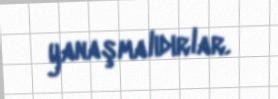
yanaşmalıdırlar.